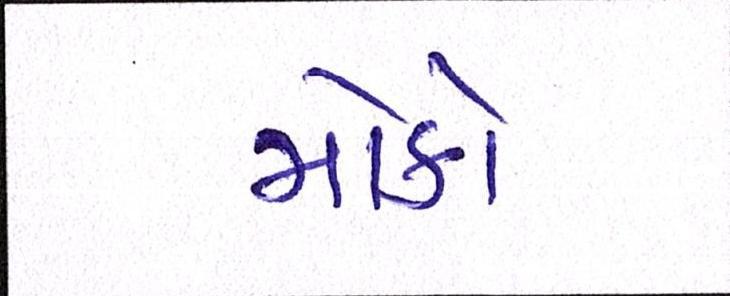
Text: મોકો